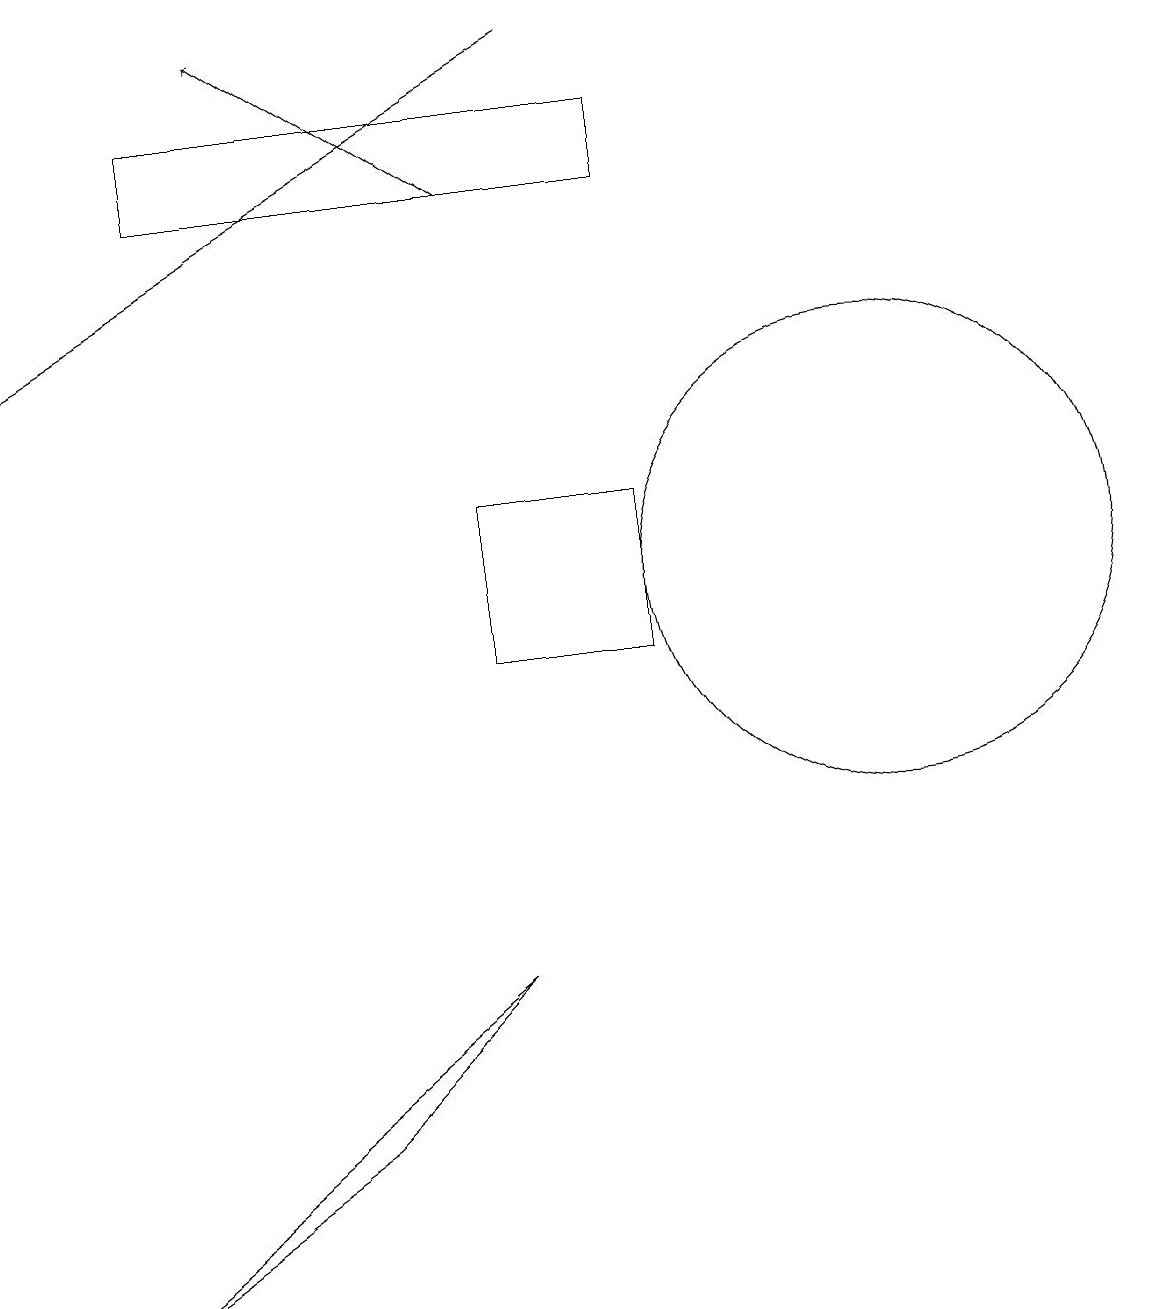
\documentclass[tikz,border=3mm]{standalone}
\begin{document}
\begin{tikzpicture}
\draw[->] (7,16) -- (4,18);
\draw (3,17) rectangle (9,16);
\draw[->] (8,18) -- (1,14);
\draw (5,4) -- (2,2) -- (7,6) -- cycle;
\draw (12,11) circle (3);
\draw (7,12) rectangle (9,10);
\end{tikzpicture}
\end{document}